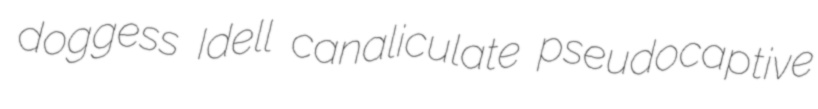
doggess Idell canaliculate pseudocaptive